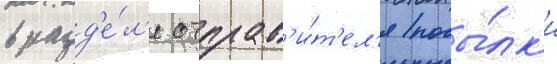
в разд'е́л'е отправ'и́т'ел'я посы́лк'и